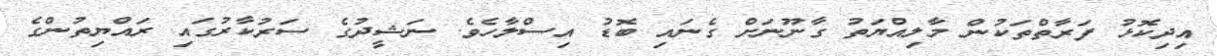
އިދިކޮޅު ފަރާތްތަކުން މާލިއްޔަތު ގާނޫނަށް ގެނައި ބޮޑު އިސްލާހެވެ. ނަޝީދުގެ ސަރުކާރުގައި ރައްޔިތުންގެ